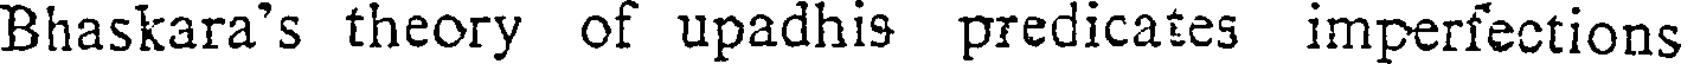
Bhaskara's theory of upadhis predicates imperfections